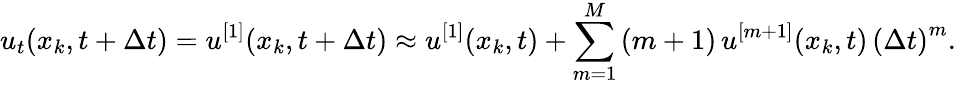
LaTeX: u_{t}(x_{k},t+\Delta t)=u^{[1]}(x_{k},t+\Delta t)\approx u^{[1]}(x_{k},t)+\sum_{m=1}^{M}\, (m+1)\, u^{[m+1]}(x_{k},t)\, \left(\Delta t\right)^{m}.